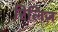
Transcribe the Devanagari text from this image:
रिलि़ज़